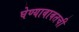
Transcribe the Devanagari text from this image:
घेण्याबाबतची